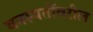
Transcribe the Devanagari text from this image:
वनस्पतींवरील